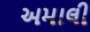
અમાલી